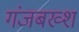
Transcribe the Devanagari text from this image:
गंजबख्श